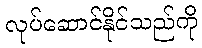
လုပ်ဆောင်နိုင်သည်ကို